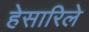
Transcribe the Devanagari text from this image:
हेसारिले